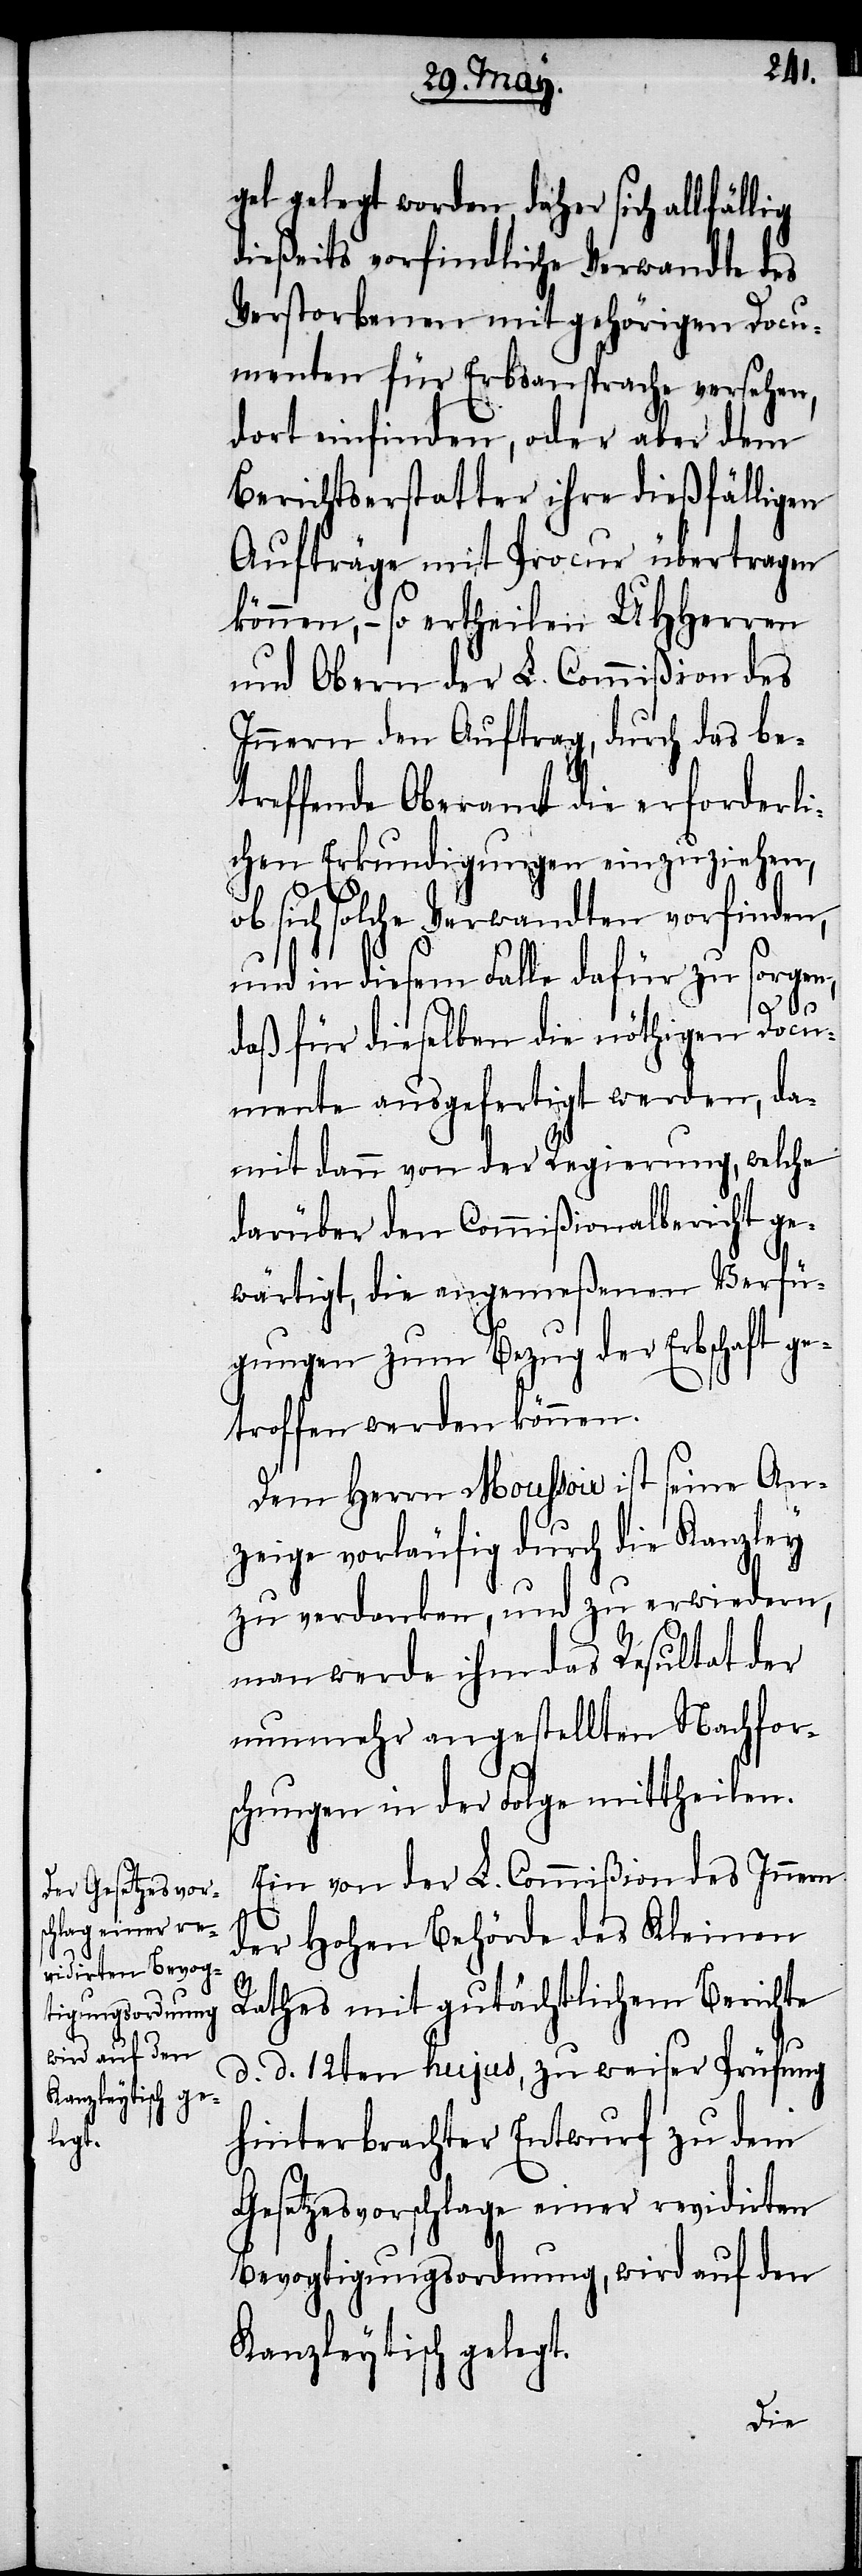
gel gelegt worden, daher sich allfällig
dießeits vorfindliche Verwandte des
Verstorbenen mit gehörigen Docu¬
menten für Erbansprache versehen,
dort einfinden, oder aber dem
Berichtserstatter ihre dießfälligen
Aufträge mit Procur übertragen
können, – so ertheilen UHHerren
und Obern der L. Commißion des
Innern den Auftrag, durch das be¬
treffende Oberamt die erforderli¬
chen Erkundigungen einzuziehen,
sich solche Verwandten vorfinden,
und in diesem Falle dafür zu sorgen,
daß dieselben die nöthigen Docu¬
mente ausgefertigt werden, da¬
mit dann von der Regierung, welche
darüber den Commißionalbericht ge¬
wärtigt, die angemeßenen Verfü¬
gungen zum Bezug der Erbschaft ge¬
troffen werden können.
Dem Herrn Moussoir ist seine An¬
zeige vorläufig durch die Kanzley
zu verdanken, und zu erwiedern,
man werde ihm das Resultat der
nunmehr angestellten Nachfor¬
schungen in der Folge mittheilen.
Ein von der L. Commißion des Innern
der Hohen Behörde des Kleinen
Rathes mit gutächtlichem Berichte
d. d. 12ten hujus, zu weiser Prüfung
hinterbrachter Entwurf zu dem
Gesetzesvorschlage einer revidirten
Bevogtigungsordnung, wird auf den
Kanzleytisch gelegt.